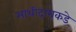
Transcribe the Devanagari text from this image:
साथीदाराकडे